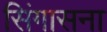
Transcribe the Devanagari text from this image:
सिंगासना